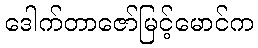
ဒေါက်တာဇော်မြင့်မောင်က